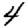
Digit: 4